Annual administration report of the Civil Veterinary Department of India - 1894-1895
Year: 1894
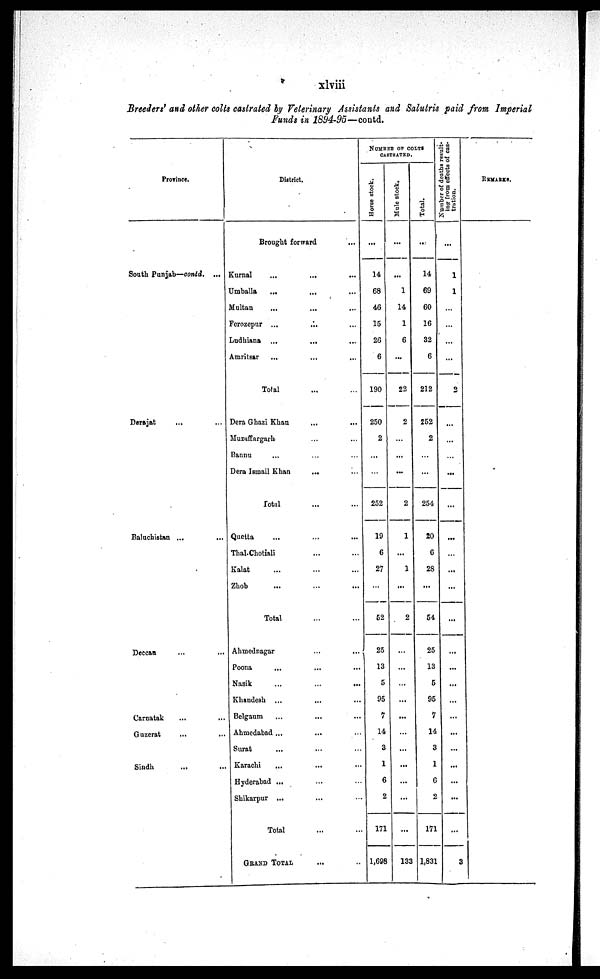
xlviii
Breeders' and other colts castrated by Veterinary Assistants and Salutris paid from Imperial
Funds in 1894-95—contd.
Province.
South Punjab—contd. ...
Derajat
...
...
Baluchistan ... ...
Deccan ... ...
Carnatak
...
...
Guzerat
...
...
Sindh
...
...
District.
Brought forward...
Kurnal
...
...
...
Umballa
...
...
...
Multan
...
...
...
Ferozepur ...
...
...
Ludhiana
...
...
...
Amritsar
...
...
...
Total... ...
Dera Ghazi Khan
...
...
Muzaffargarh
...
...
Bannu ... ... ...
Dera Ismail Khan...
...
Total...
...
Quetta
...
...
...
Thal Chotiali...
...
Kalat
...
...
...
Zhob
...
......
Total...
...
Ahmednagar...
...
Poona
...
...
...
Nasik
...
...
...
Khandesh
...
...
...
Belgaum
...
...
...
Ahmedabad ...
...
...
Surat
...
... ...
Karachi
...
...
...
Hyderabad ...
... ...
Shikarpur ...
... ...
Total
... ...
GRAND TOTAL... ...
NUMBER OF COLTS
CASTRATED.
Hor s e stock.
...
14
68
46
15
26
6
190
250
2
...
...
252
19
6
27
...
52
25
13
5
95
7
14
3
1
6
2
171
1,698
Mul e stock.
...
...
1
14
1
6
...
22
2
...
...
...
2
1
...
1
...
2
...
...
...
...
...
...
...
...
...
...
...
133
Total.
...
14
69
60
16
32
6
212
252
2
...
...
254
20
6
28
...
54
25
13
5
95
7
14
3
1
6
2
171
1,831
Number of deaths result¬
ing
from effects of cas-
tration.
...
1
1
...
...
...
...
2
...
...
...
...
...
...
...
...
...
...
...
...
...
...
...
...
...
...
...
...
...
3
REMARKS